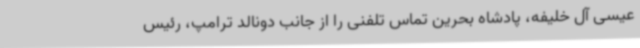
عیسی آل خلیفه، پادشاه بحرین تماس تلفنی را از جانب دونالد ترامپ، رئیس